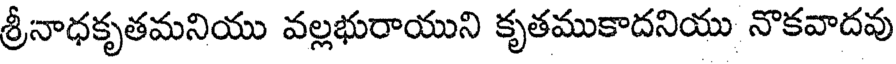
శ్రీనాధకృతమనియు వల్లభురాయుని కృతముకాదనియు నొకవాదవు